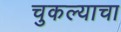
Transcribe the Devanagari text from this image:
चुकल्याचा